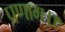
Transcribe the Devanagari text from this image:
प्रणाम।।